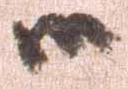
御